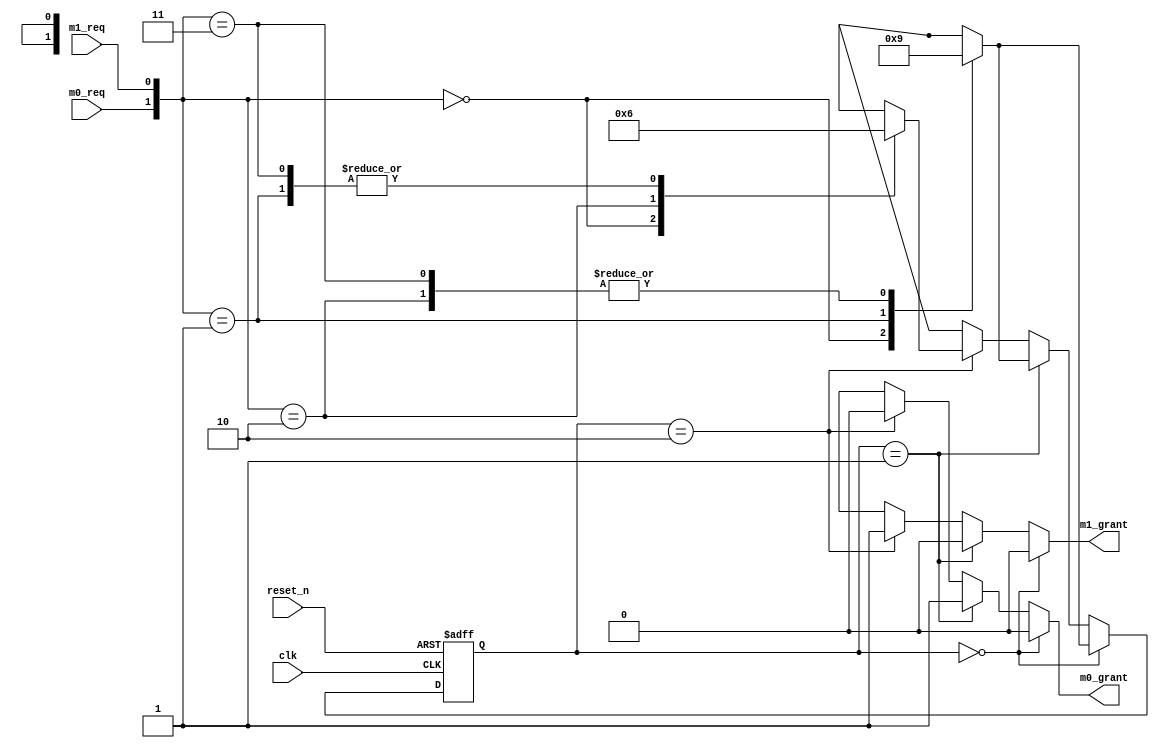
module bus_arbiter(clk, reset_n, m0_req, m1_req, m0_grant, m1_grant);
	input clk, reset_n;
	input m0_req, m1_req;
	output reg m0_grant, m1_grant;
	
	reg[1:0] next_state, state;
	
	parameter NO_GRANT = 2'b00;
	parameter M0_GRANT = 2'b01;
	parameter M1_GRANT = 2'b10;
	//state encoding
	
	always @ (m0_req, m1_req, state)
		begin
			if (state == NO_GRANT) //when state is no_grant	
				begin
					case({m0_req,m1_req})
						(2'b0_0): next_state <= NO_GRANT; //no grant
						(2'b0_1): next_state <= M1_GRANT;
						(2'b1_0): next_state <= M0_GRANT;
						(2'b1_1): next_state <= M0_GRANT;
						default : next_state <= 2'bxx;
					endcase
				end 
		
			else if (state == M0_GRANT) //when state is m0_grant	
				begin
					case({m0_req,m1_req})
						(2'b0_0): next_state <= NO_GRANT; //no grant
						(2'b0_1): next_state <= M1_GRANT;
						(2'b1_0): next_state <= M0_GRANT;
						(2'b1_1): next_state <= M0_GRANT;
						default : next_state <= 2'bxx;
					endcase
				end 
			else if (state == M1_GRANT) //when state is m1_grant
				begin
					case({m0_req,m1_req})
						(2'b0_0): next_state <= NO_GRANT; //no grant
						(2'b0_1): next_state <= M1_GRANT;
						(2'b1_0): next_state <= M0_GRANT;
						(2'b1_1): next_state <= M1_GRANT;
						default : next_state <= 2'bxx;
					endcase
				end
			else
				next_state = 2'bxx; //wrong state
		end
	//next state logic
	
	always @ (posedge clk, negedge reset_n)
		begin
			if (reset_n == 1'b0) //when resetted
				state <= NO_GRANT;
			else if (clk == 1'b1)
				state <= next_state;
			else
				state <= 2'bx;
		end
	//register logic	
		
	always @ (state)
		begin
			if (state == NO_GRANT)
				begin
					m0_grant <= 1'b0;
					m1_grant <= 1'b0;
				end 
			else if (state == M0_GRANT)
				begin
					m0_grant <= 1'b1;
					m1_grant <= 1'b0;
				end 
			else if (state == M1_GRANT)
				begin
					m0_grant <= 1'b0;
					m1_grant <= 1'b1;
				end
			else //wrong state
				begin
					m0_grant <= 1'bx;
					m1_grant <= 1'bx;
				end
		end
	//output logic
endmodule